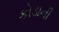
કોડાની